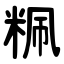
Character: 䊃